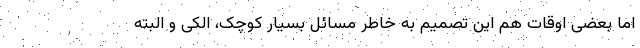
اما بعضی اوقات هم این تصمیم به خاطر مسائل بسیار کوچک، الکی و البته